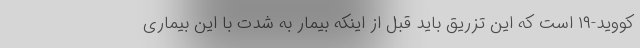
کووید-۱۹ است که این تزریق باید قبل از اینکه بیمار به شدت با این بیماری